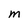
Character: m